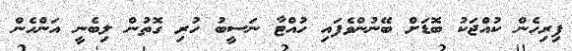
ފިރިހެން ކުއްޖަކު ބޮޑަށް ބޭނުންވެފައި ހުއްޓާ ނަސީބު ހުރި ގޮތުން ލިބެނީ އަންހެން